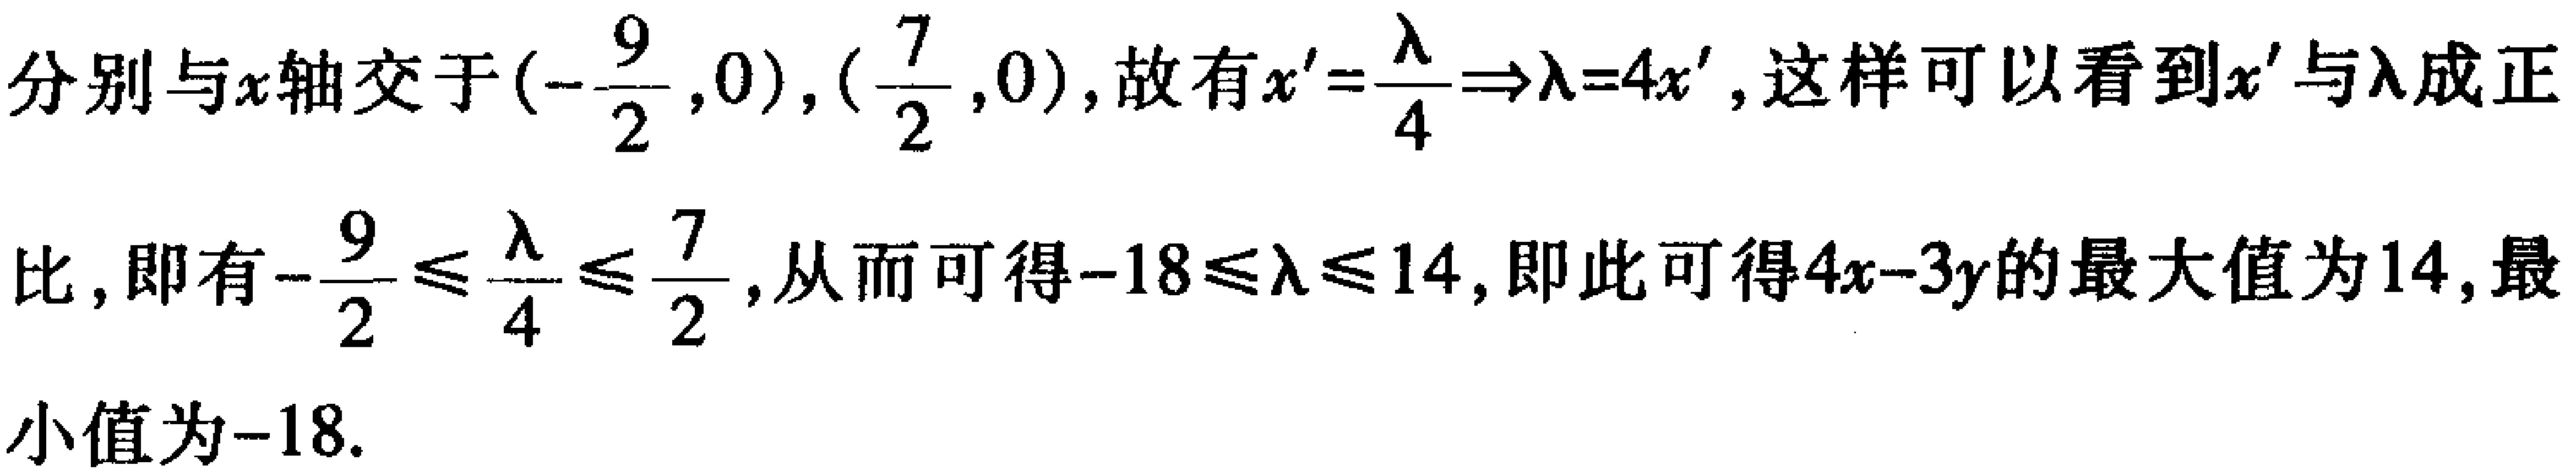
分别与\(x\)轴交于\((-\frac{9}{2},0),(\frac{7}{2},0)\)，故有\(x' = \frac{\lambda}{4} \Rightarrow \lambda = 4x'\)，这样可以看到\(x'\)与\(\lambda\)成正比，即有\(-\frac{9}{2} \leq \frac{\lambda}{4} \leq \frac{7}{2}\)，从而可得\(-18 \leq \lambda \leq 14\)，即此可得\(4x - 3y\)的最大值为\(14\)，最小值为\(-18\)。